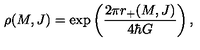
\rho ( M , J ) = \exp \left( \frac { 2 \pi r _ { + } ( M , J ) } { 4 \hbar G } \right) ,